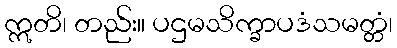
ဣတိ၊ တည်း။ ပဌမသိက္ခာပဒံသမတ္တံ၊